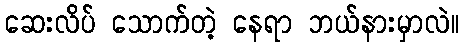
ဆေးလိပ် သောက်တဲ့ နေရာ ဘယ်နားမှာလဲ။